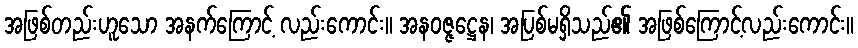
အဖြစ်တည်းဟူသော အနက်ကြောင့် လည်းကောင်း။ အနဝဇ္ဇဋ္ဌေန၊ အပြစ်မရှိသည်၏ အဖြစ်ကြောင့်လည်းကောင်း။